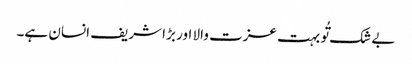
بے شک تُو بہت عزت والا اور بڑا شریف انسان ہے۔